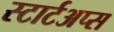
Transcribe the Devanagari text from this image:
स्टार्टअप्स